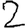
Digit: 2